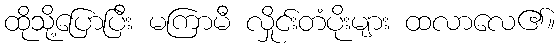
ထိုသို့ပြောပြီး မကြာမီ လှိုင်းတံပိုးများ ထလာလေ၏။